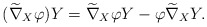
\begin{align*}(\widetilde{\nabla}_X{\varphi})Y=\widetilde{\nabla}_X{\varphi}Y-\varphi\widetilde\nabla_X{Y}.\end{align*}